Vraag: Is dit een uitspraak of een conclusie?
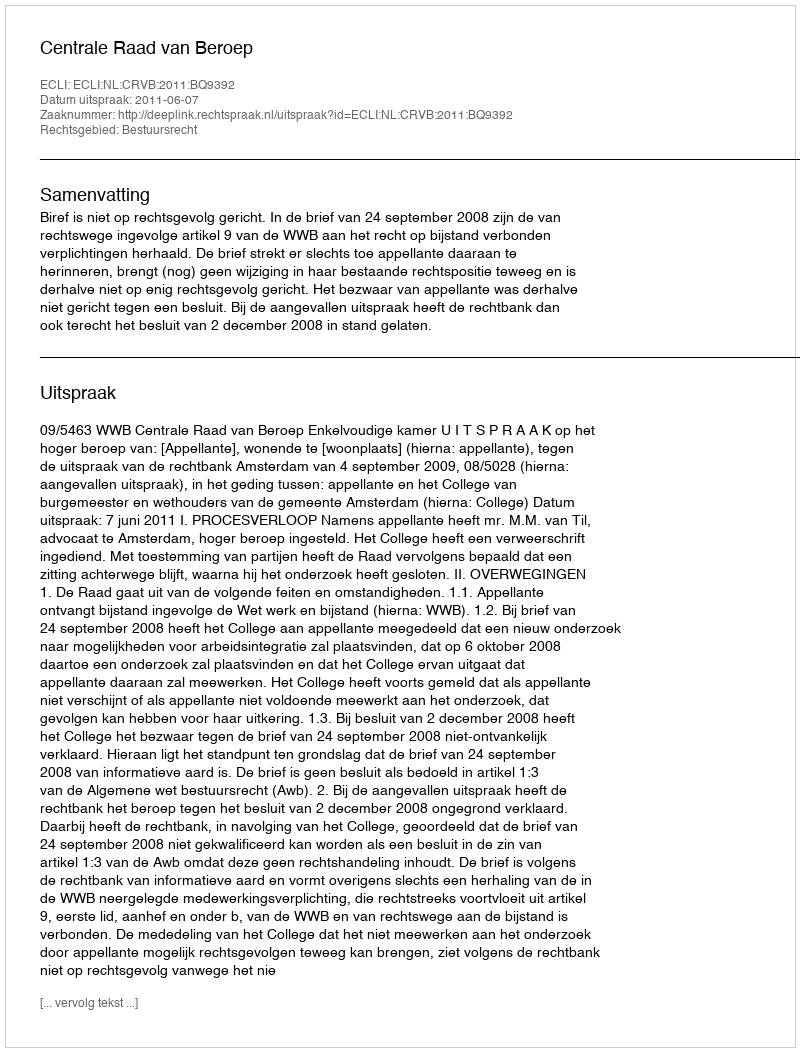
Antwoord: Uitspraak